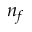
n _ { f }